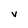
Character: V